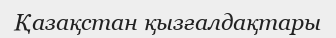
Қазақстан қызғалдақтары